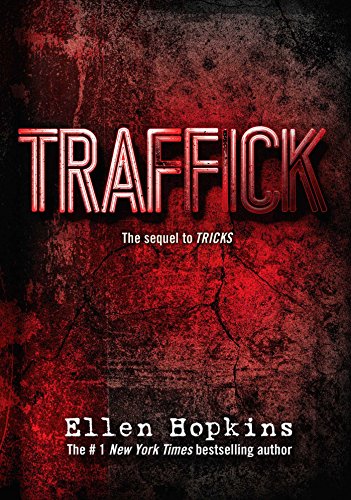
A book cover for Traffick; Ellen Hopkins; Teen & Young Adult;